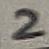
Text: 2